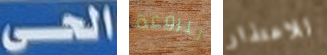
الحى للروعة للاعتذار